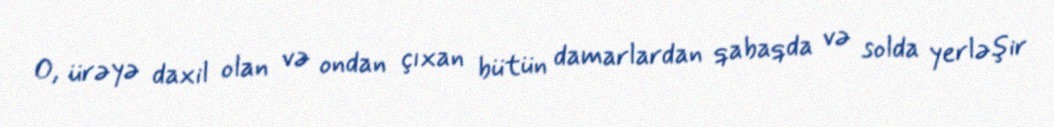
O, ürəyə daxil olan və ondan çıxan bütün damarlardan qabaqda və solda yerləşir